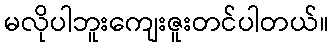
မလိုပါဘူးကျေးဇူးတင်ပါတယ်။